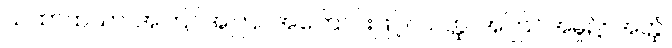
ယထာထယာ၊ အကြင်အကြင်အကြောင်းဖြင့်။ ယတ္ထ၊ အကြင်အမှု၌။ အတ္ထံ၊